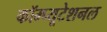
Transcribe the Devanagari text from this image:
कॉम्प्यूटेशनल